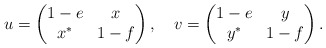
\begin{align*} u= \begin{pmatrix} 1-e & x \\ x^* & 1-f \end{pmatrix} ,\quad v = \begin{pmatrix} 1-e & y \\ y^* & 1-f \end{pmatrix}. \end{align*}